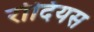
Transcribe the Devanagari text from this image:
रोदियस